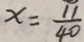
x = \frac { 1 1 } { 4 0 }